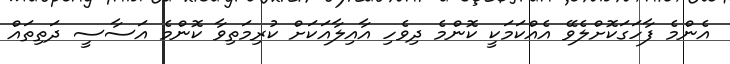
އެންމެ ފާހަގަކޮށްލެވޭ އެއްކަމަކީ ކޮންމެ ދިވެހި އާއިލާއަކަށް ކުރިމަތިވާ ކޮންމެ އަސާސީ ދަތިތައް